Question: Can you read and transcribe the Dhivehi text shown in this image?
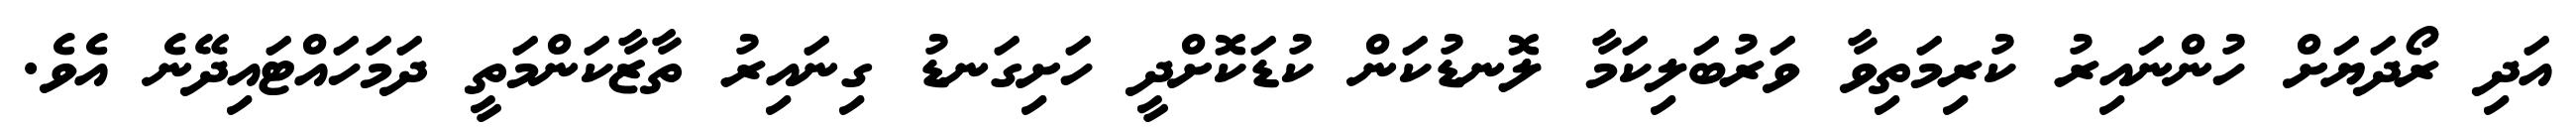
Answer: އަދި ރޯދަޔަށް ހުންނައިރު ކުރިމަތިވާ ވަރުބަލިކަމާ ލޮނޑުކަން ކުޑަކޮށްދީ ހަށިގަނޑު ގިނައިރު ތާޒާކަންމަތީ ދަމަހައްޓައިދޭނެ އެވެ.